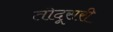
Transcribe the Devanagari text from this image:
तोदूसरी